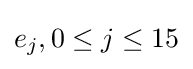
e_{j},0\leq j\leq 15